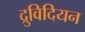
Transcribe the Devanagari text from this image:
द्रुविदियन